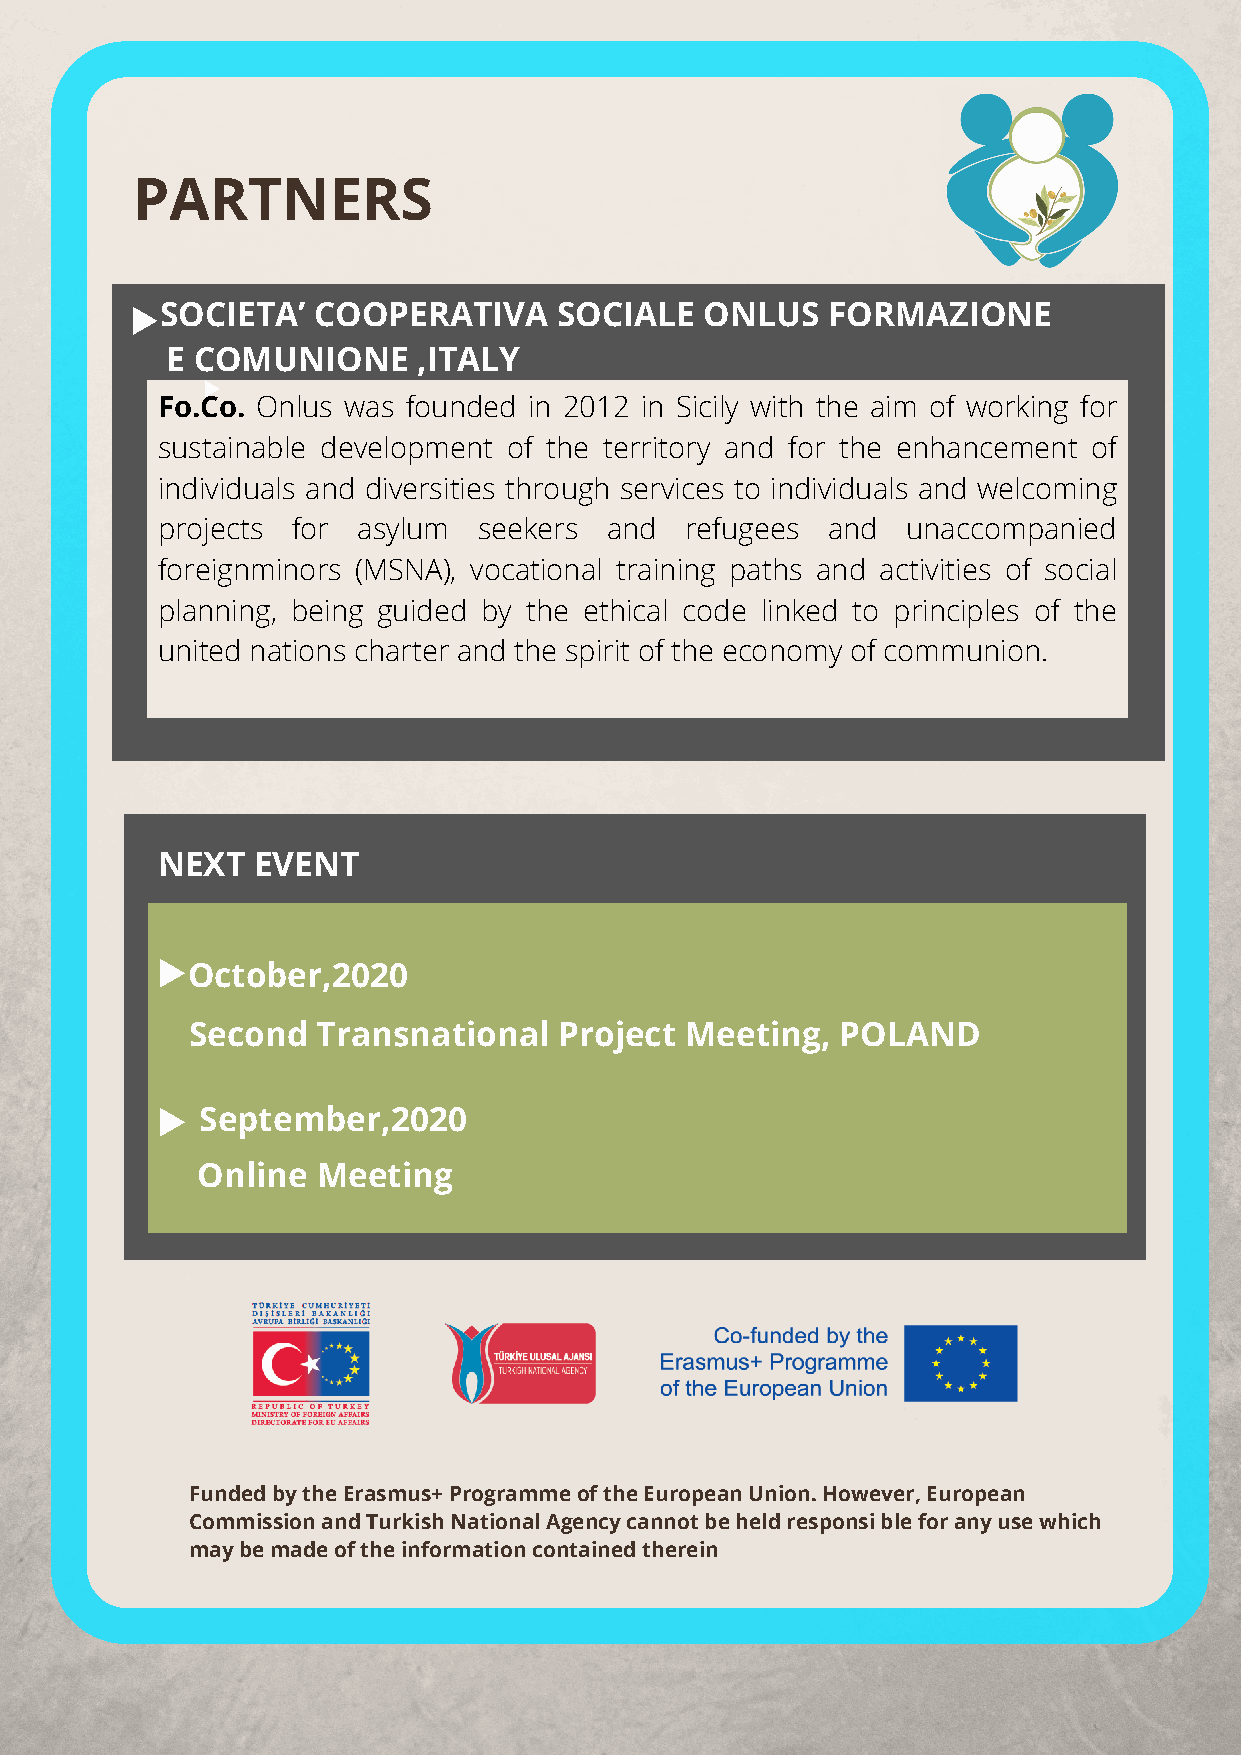
PARTNERS
 SOCIETA’  COOPERATIVA     SOCIALE   ONLUS   FORMAZIONE
 E COMUNIONE      ,ITALY
 Fo.Co. Onlus was founded in 2012 in Sicily with the aim of working for
 sustainable development of the territory and for the enhancement of
 individuals and diversities through services to individuals and welcoming
 projects for  asylum  seekers and  refugees  and  unaccompanied
 foreignminors (MSNA), vocational training paths and activities of social
 planning, being guided by the ethical code linked to principles of the
 united nations charter and the spirit of the economy of communion.
 NEXT   EVENT
 October,2020
 Second   Transnational   Project Meeting,   POLAND
 September,2020
 Online  Meeting
 Funded by the Erasmus+ Programme of the European Union. However, European
 Commission and Turkish National Agency cannot be held responsi ble for any use which
 may be made of the information contained therein